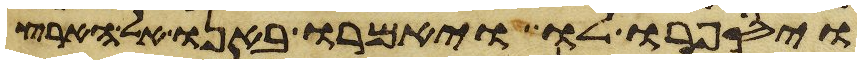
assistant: ויספרו לו ויאמרו באנו אל הארץ